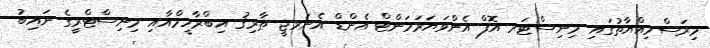
މިރަސްމިއްޔާތުގައި މިނިސްޓަރ އޮފް އެންވަޔަރަމަންޓް އެންޑް އެނަރޖީ ޠާރިޤު އިބްރާހީމްއާއި މިނިސްޓްރީގެ ނައިބު